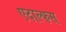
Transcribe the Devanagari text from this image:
एदाल्फस